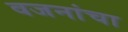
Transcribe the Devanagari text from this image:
वजनांचा